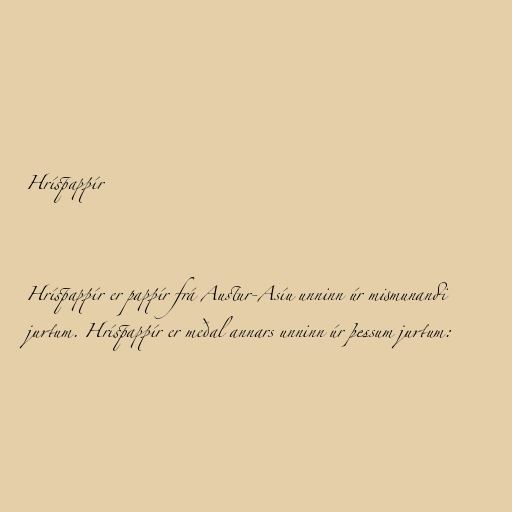
Hríspappír

Hríspappír er pappír frá Austur-Asíu unninn úr mismunandi
jurtum. Hríspappír er meðal annars unninn úr þessum jurtum: